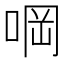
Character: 𠵹